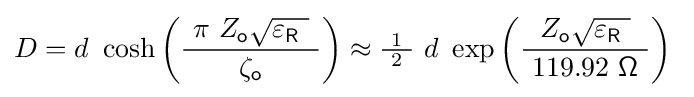
D=d\ \cosh \left({\frac {\ \pi \ Z_{\mathsf {o}}{\sqrt {\varepsilon _{\mathsf {R}}\ }}\ }{\zeta _{\mathsf {o}}}}\right)\approx {\tfrac {\ 1\ }{2}}\ d\ \exp \left({\frac {\ Z_{\mathsf {o}}{\sqrt {\varepsilon _{\mathsf {R}}\ }}\ }{\ 119.92\ {\mathsf {\Omega }}\ }}\right)~